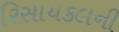
રિસાયકલની